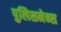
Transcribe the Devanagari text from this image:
पुलिसमेन्स